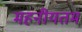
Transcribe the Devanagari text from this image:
महनीयतम